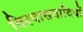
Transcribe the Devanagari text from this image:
विश्वासवादियों